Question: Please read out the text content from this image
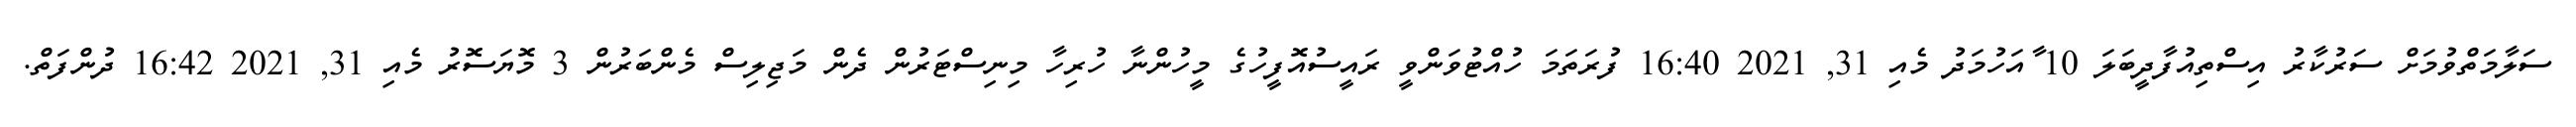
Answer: ސަލާމަތްވުމަށް ސަރުކާރު އިސްތިއުފާދީބަލަ 10 ާއަހުމަދު މެއި 31, 2021 16:40 ފުރަތަމަ ހުއްޓުވަންވީ ރައީސުއޮފީހުގެ މީހުންނާ ހުރިހާ މިނިސްޓަރުން ދެން މަޖިލިސް މެންބަރުން 3 މޮޔަސޮރު މެއި 31, 2021 16:42 ދުންފަތް.